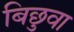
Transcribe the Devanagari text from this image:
बिछुवा